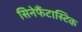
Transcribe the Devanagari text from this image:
सिनेफैंटास्टिक